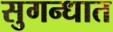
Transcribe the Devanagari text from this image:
सुगन्धात